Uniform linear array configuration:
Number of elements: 12
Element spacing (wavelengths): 0.25
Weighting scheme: cosine
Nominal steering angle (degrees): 45
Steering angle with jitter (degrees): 43.095
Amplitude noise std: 0.05
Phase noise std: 0.05

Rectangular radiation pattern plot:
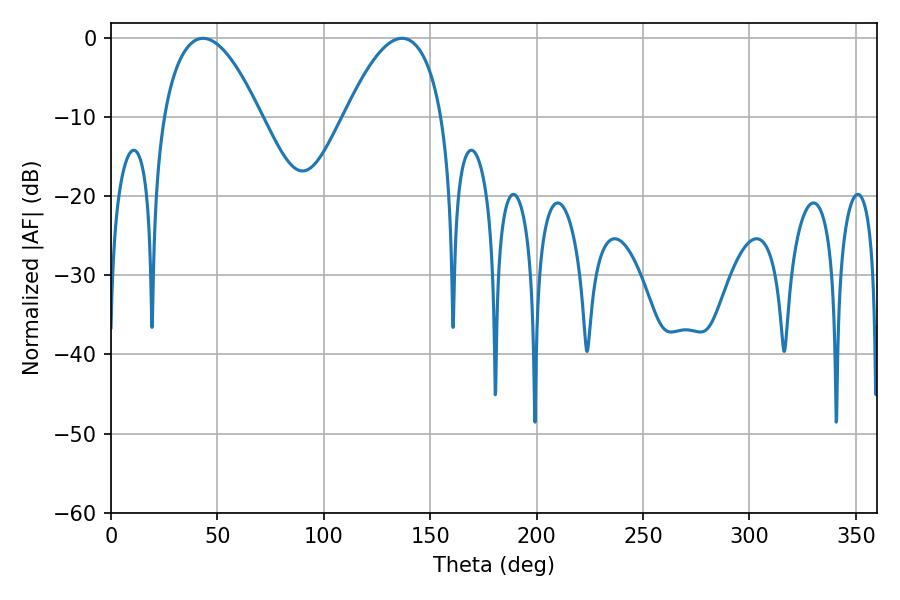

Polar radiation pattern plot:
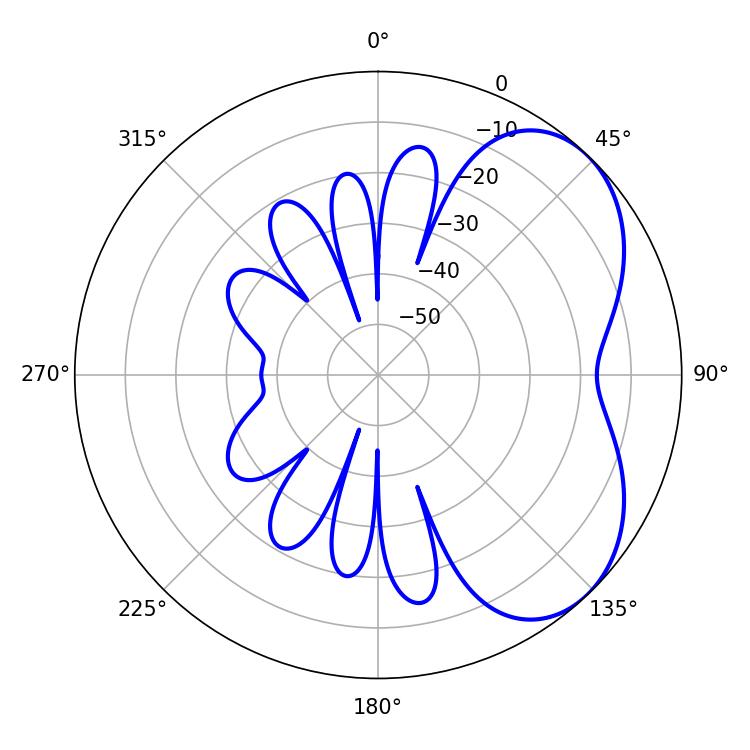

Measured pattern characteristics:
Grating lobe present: FALSE
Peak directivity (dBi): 4.715
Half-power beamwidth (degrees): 25.2
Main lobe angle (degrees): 43.2